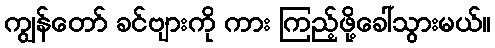
ကျွန်တော် ခင်ဗျားကို ကား ကြည့်ဖို့ခေါ်သွားမယ်။